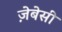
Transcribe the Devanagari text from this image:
ज़ेबेसी